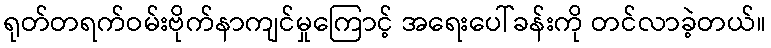
ရုတ်တရက်ဝမ်းဗိုက်နာကျင်မှုကြောင့် အရေးပေါ်ခန်းကို တင်လာခဲ့တယ်။